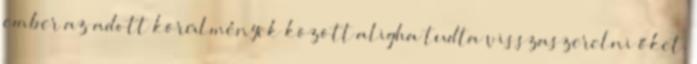
ember az adott körülmények között aligha tudta visszaszerelni őket.